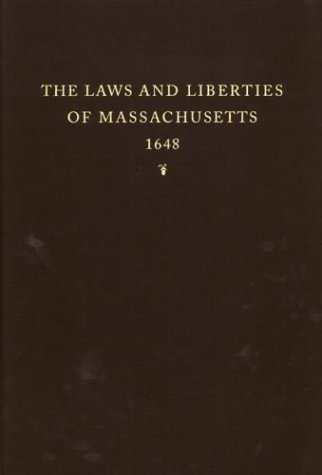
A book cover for The Laws and Liberties of Massachusetts: Reprinted from the Unique Copy of the 1648 Edition in the Henry E. Huntington Library; Richard S. Dunn; Law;